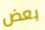
بعض